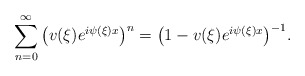
\begin{align*}\sum_{n=0}^\infty\big(v(\xi)e^{i\psi(\xi)x}\big)^n=\big(1-v(\xi)e^{i\psi(\xi)x}\big)^{-1}.\end{align*}